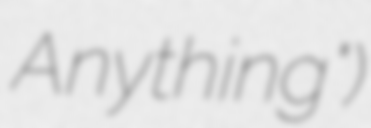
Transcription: Anything")